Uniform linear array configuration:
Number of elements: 24
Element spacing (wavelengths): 0.75
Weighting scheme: exponential
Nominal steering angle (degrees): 45
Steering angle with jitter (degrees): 44.585
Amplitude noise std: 0.05
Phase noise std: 0.05

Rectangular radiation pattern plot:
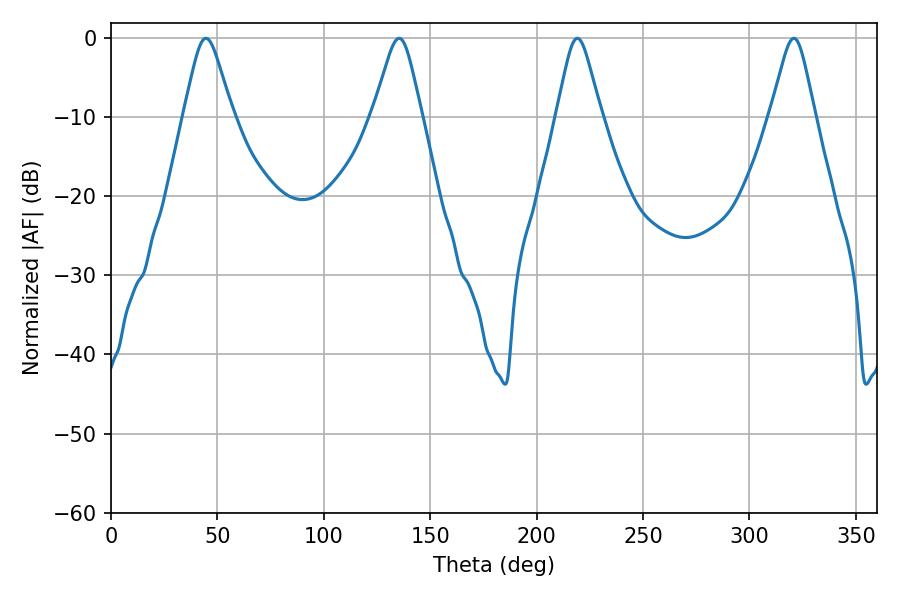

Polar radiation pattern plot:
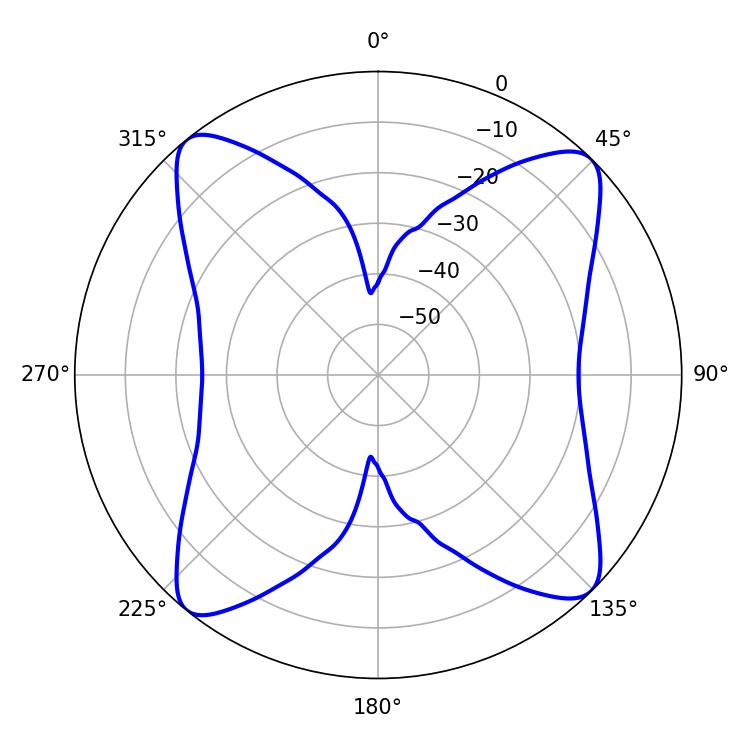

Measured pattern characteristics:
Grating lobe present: TRUE
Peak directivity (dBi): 14.867
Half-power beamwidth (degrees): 10.98
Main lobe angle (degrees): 44.64